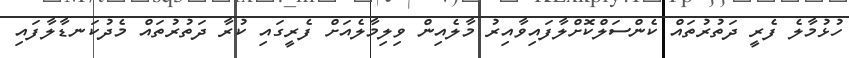
ހުޅުމާލެ ފެރީ ދަތުރުތައް ކެންސަލްކޮށްލާފައިވާއިރު މާލެއިން ވިލިމާލެއަށް ފެރީގައި ކުރާ ދަތުރުތައް މެދުކަނޑާލާފައި